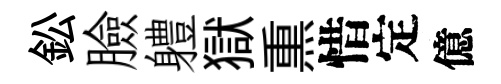
鈆臉軆獄𤋱惜定億